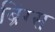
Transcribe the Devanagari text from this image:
ब्रिंग्स